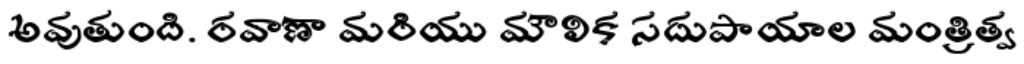
అవుతుంది. రవాణా మరియు మౌలిక సదుపాయాల మంత్రిత్వ